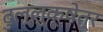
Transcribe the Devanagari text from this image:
दुल्लुक्षेत्र